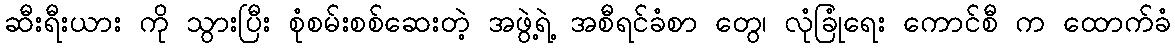
ဆီးရီးယား ကို သွားပြီး စုံစမ်းစစ်ဆေးတဲ့ အဖွဲ့ရဲ့ အစီရင်ခံစာ တွေ၊ လုံခြုံရေး ကောင်စီ က ထောက်ခံ